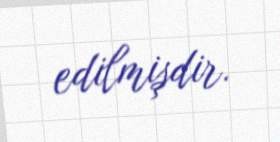
edilmişdir.